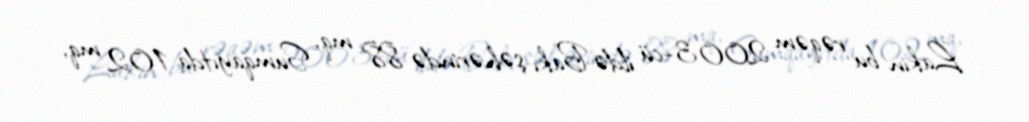
Lakin bu rəqəm 2003-cü ildə Bakı şəhərində 88 mq, Sumqayıtda 102 mq,